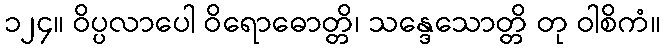
၁၂၄။ ဝိပ္ပလာပေါ ဝိရောဓောတ္တိ၊ သန္ဒေသောတ္တိ တု ဝါစိကံ။